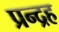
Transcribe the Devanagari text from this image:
प्रन्द्रह